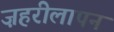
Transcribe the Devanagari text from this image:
ज़हरीलापन